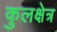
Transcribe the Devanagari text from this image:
कुलक्षेत्र